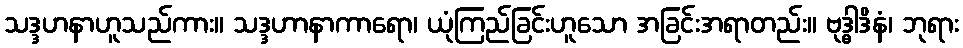
သဒ္ဒဟနာဟူသည်ကား။ သဒ္ဒဟာနာကာရော၊ ယုံကြည်ခြင်းဟူသော အခြင်းအရာတည်း။ ဗုဒ္ဓါဒိနံ၊ ဘုရား